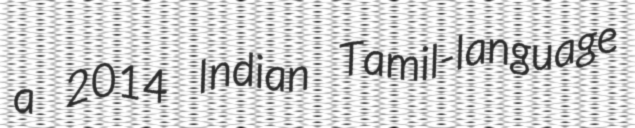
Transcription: a 2014 Indian Tamil-language